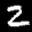
Label: 2